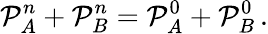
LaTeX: \mathcal P_{A}^{n}+\mathcal P_{B}^{n}=\mathcal P_{A}^{0}+\mathcal P_{B}^{0}\, .